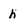
Character: h